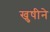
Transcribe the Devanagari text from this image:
खुषीने